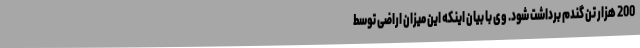
200 هزار تن گندم برداشت شود. وی با بیان اینکه این میزان اراضی توسط